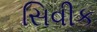
સિવીક